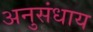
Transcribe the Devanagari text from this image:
अनुसंधाय